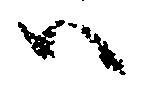
ハ